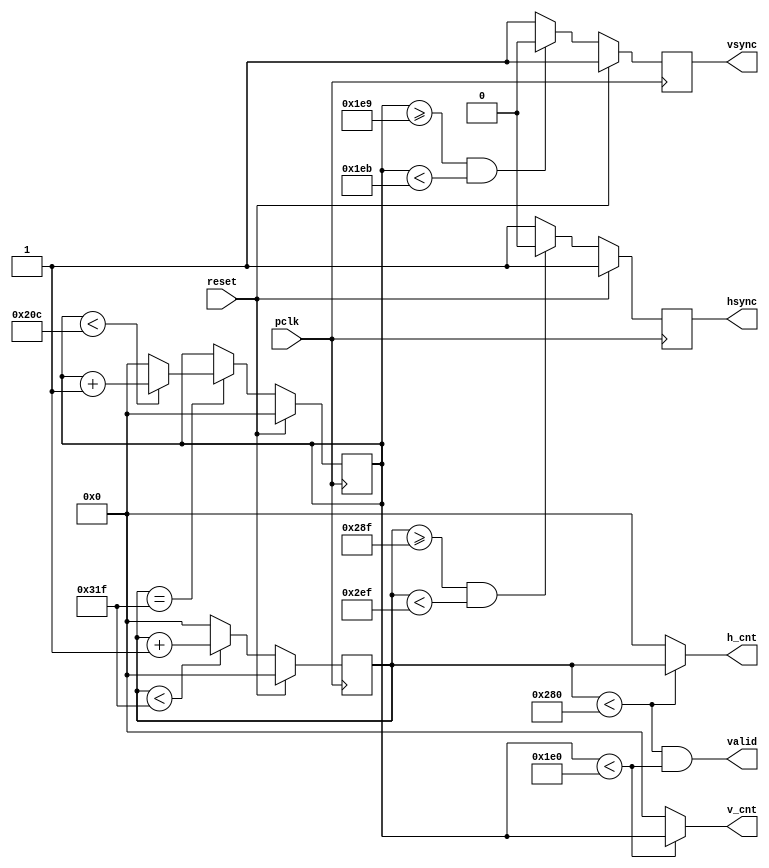
`timescale 1ns / 1ps

// of resolution-related variables
`define RESO_SUBSC [9:0]
`define PX_WIDTH [11:0]

module vga_controller (
    input wire pclk,reset,
    output wire hsync,vsync,valid,
    output wire `RESO_SUBSC h_cnt,
    output wire `RESO_SUBSC v_cnt
);
    
reg `RESO_SUBSC pixel_cnt;
reg `RESO_SUBSC line_cnt;
reg hsync_i,vsync_i;

localparam HD = 640; // Horizontal visiable area
localparam HF = 16; // Horizontal front porch
localparam HS = 96; // Horizontal sync pulse
localparam HB = 48; // Horizonatl back porch
localparam HT = HD + HF + HS + HB;  // Horizontal whole line
localparam VD = 480; // Vertical visiable area
localparam VF = 10; // Vertical front porch
localparam VS = 2; // Vertical sync pulse
localparam VB = 33; // Vertical back porch
localparam VT = VD + VF + VS + VB; // Vertical whole line
localparam hsync_default = 1'b1;
localparam vsync_default = 1'b1;
     
// Horizontal counter
always@(posedge pclk)
    if(reset)
        pixel_cnt <= 0;
    else if(pixel_cnt < (HT - 1))
        pixel_cnt <= pixel_cnt + 1;
    else
        pixel_cnt <= 0;

// Generate Horizontal Sync Pulse
always@(posedge pclk)
    if(reset)
        hsync_i <= hsync_default;
    else if((pixel_cnt >= (HD + HF - 1))&&(pixel_cnt < (HD + HF + HS - 1)))
        hsync_i <= ~hsync_default;
    else
        hsync_i <= hsync_default; 

// Vertical scan line counter
always@(posedge pclk)
    if(reset)
        line_cnt <= 0;
    else if(pixel_cnt == (HT -1))
        if(line_cnt < (VT - 1))
            line_cnt <= line_cnt + 1;
        else
            line_cnt <= 0;
    else
        line_cnt <= line_cnt;

// Generate Vertical Sync Pulse
always@(posedge pclk)
    if(reset)
        vsync_i <= vsync_default; 
    else if((line_cnt >= (VD + VF - 1))&&(line_cnt < (VD + VF + VS - 1)))
        vsync_i <= ~vsync_default; 
    else
        vsync_i <= vsync_default; 

assign hsync = hsync_i;
assign vsync = vsync_i;
assign valid = ((pixel_cnt < HD) && (line_cnt < VD));

assign h_cnt = (pixel_cnt < HD) ? pixel_cnt:10'd0;
assign v_cnt = (line_cnt < VD) ? line_cnt:10'd0;

endmodule